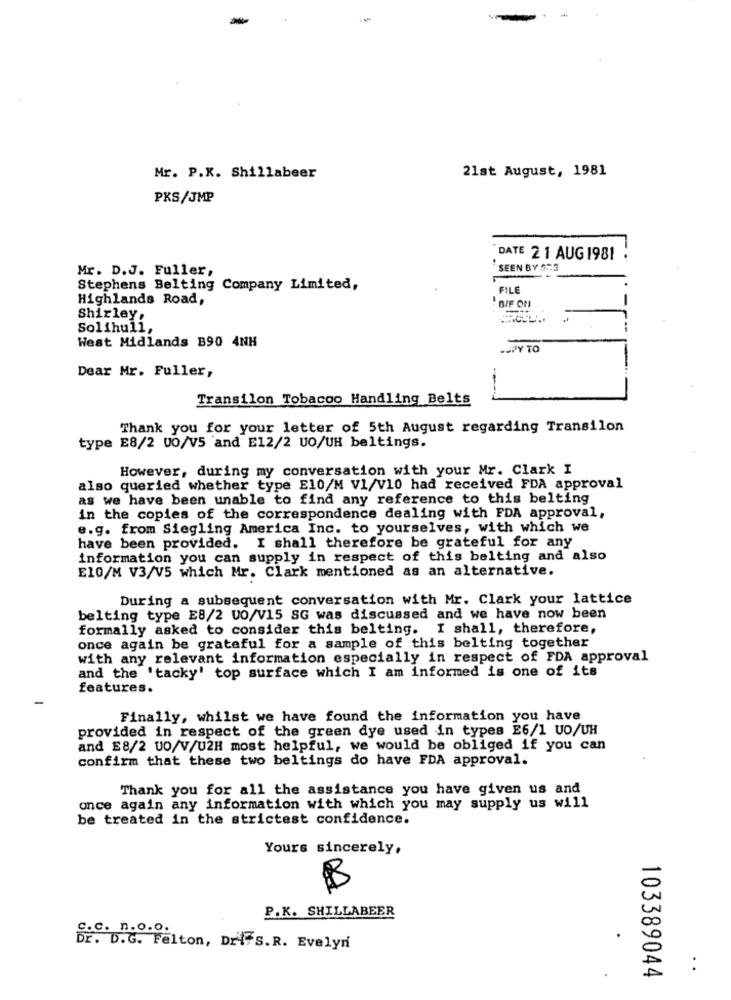
Mr. P.K. Shillabeer
21st August, 1981
PKS/JMP
'DATE 2 1 AUG 1981
Mr. D.J. Fuller,
SEEN BY A73
Stephens Belting Company Limited,
FILE
Highlands Road,
-
. BIF ON
Shirley,
Solihull,
West Midlands B90 4NH
-JPY TO
Dear Mr. Fuller,
Transilon Tobacoo Handling Belts
Thank you for your letter of 5th August regarding Transilon
type E8/2 UO/V5 and E12/2 UO/UH beltings.
However, during my conversation with your Mr. Clark I
also queried whether type E10/M V1/V10 had received FDA approval
as we have been unable to find any reference to this belting
in the copies of the correspondence dealing with FDA approval,
e.g. from Siegling America Inc. to yourselves, with which we
have been provided. I shall therefore be grateful for any
information you can supply in respect of this belting and also
E10/M V3/V5 which Mr. Clark mentioned as an alternative.
During a subsequent conversation with Mr. Clark your lattice
belting type E8/2 UO/V15 SG was discussed and we have now been
formally asked to consider this belting.
I shall, therefore,
once again be grateful for a sample of this belting together
with any relevant information especially in respect of FDA approval
and the 'tacky' top surface which I am informed is one of its
features.
Finally, whilst we have found the information you have
provided in respect of the green dye used in types E6/1 UO/UH
and E8/2 UO/V/U2H most helpful, we would be obliged if you can
confirm that these two beltings do have FDA approval.
Thank you for all the assistance you have given us and
once again any information with which you may supply us will
be treated in the strictest confidence.
Yours sincerely,
B
P.K. SHILLABEER
C.C. n.o.o.
Dr. D.G. Felton, Dri S. R. Evelyn
:
103389044